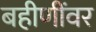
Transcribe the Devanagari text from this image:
बहीणींवर